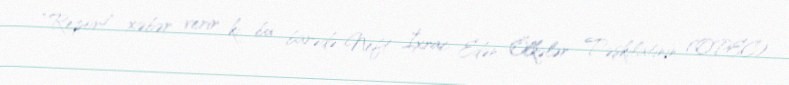
“Report” xəbər verir ki, bu barədə Neft İxrac Edən Ölkələr Təşkilatının (OPEC)